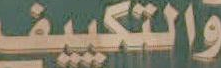
والتكييف